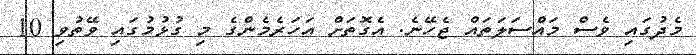
މެދުގައި ވެސް މައްސަލަތައް ޖެހޭނެ. އެގޮތަށް އަހަރެމެންގެ މި ގުޅުމުގައި ވޭތުވި 10